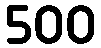
500